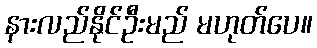
နားလည်နိုင်ဦးမည် မဟုတ်ပေ။